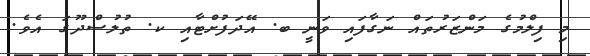
މި ފިލްމުގެ މަންޒަރުތައް ނަގާފައި ވަނީ ބ. އޭދަފުށްޓާއި ކ. ތުލުސްދޫގަ އެވެ.